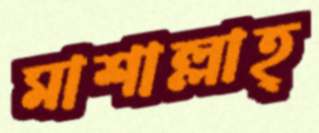
মাশাল্লাহ্